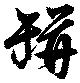
瓶